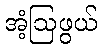
အံ့ဩဖွယ်